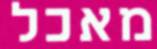
מאכל